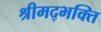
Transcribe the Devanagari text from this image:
श्रीमद्भक्ति